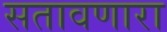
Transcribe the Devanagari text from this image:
सतावणारा